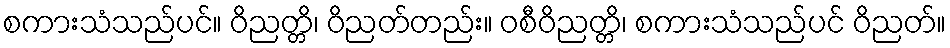
စကားသံသည်ပင်။ ဝိညတ္တိ၊ ဝိညတ်တည်း။ ဝစီဝိညတ္တိ၊ စကားသံသည်ပင် ဝိညတ်။